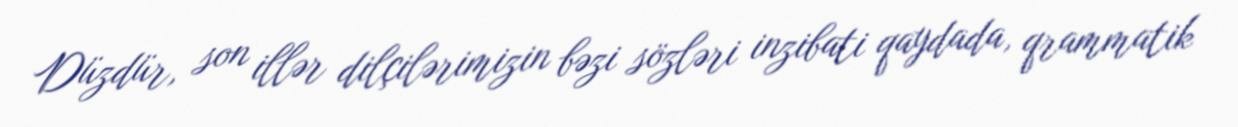
Düzdür, son illər dilçilərimizin bəzi sözləri inzibati qaydada, qrammatik